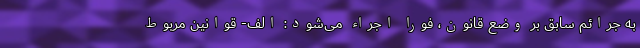
به جرائم سابق بر وضع قانون، فوراً اجراء می‌شود: الف- قوانین مربوط